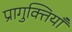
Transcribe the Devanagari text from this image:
प्रागुक्तियाँ